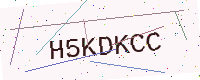
Text: H5KDKCC